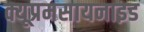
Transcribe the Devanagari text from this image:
क्यूप्रमसायनाइड